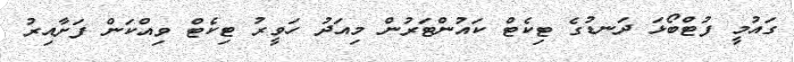
ގައުމީ ފުޓްބޯޅަ ދަނޑުގެ ޓިކެޓް ކައުންޓަރުން މިއަދު ހަވީރު ޓިކެޓް ވިއްކަން ފަށާއިރު